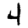
Digit: 4